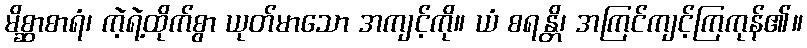
မိစ္ဆာစာရံ၊ ကဲ့ရဲ့ထိုက်စွာ ယုတ်မာသော အကျင့်ကို။ ယံ စရန္တိ၊ အကြင်ကျင့်ကြကုန်၏။